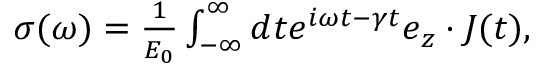
\begin{array} { r } { \sigma ( \omega ) = \frac { 1 } { E _ { 0 } } \int _ { - \infty } ^ { \infty } d t e ^ { i \omega t - \gamma t } \boldsymbol e _ { z } \cdot \boldsymbol J ( t ) , } \end{array}